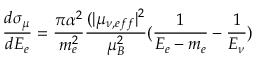
\frac { d \sigma _ { \mu } } { d E _ { e } } = \frac { \pi \alpha ^ { 2 } } { m _ { e } ^ { 2 } } \frac { ( | \mu _ { \nu , e f f } | ^ { 2 } } { \mu _ { B } ^ { 2 } } ( \frac { 1 } { E _ { e } - m _ { e } } - \frac { 1 } { E _ { \nu } } )